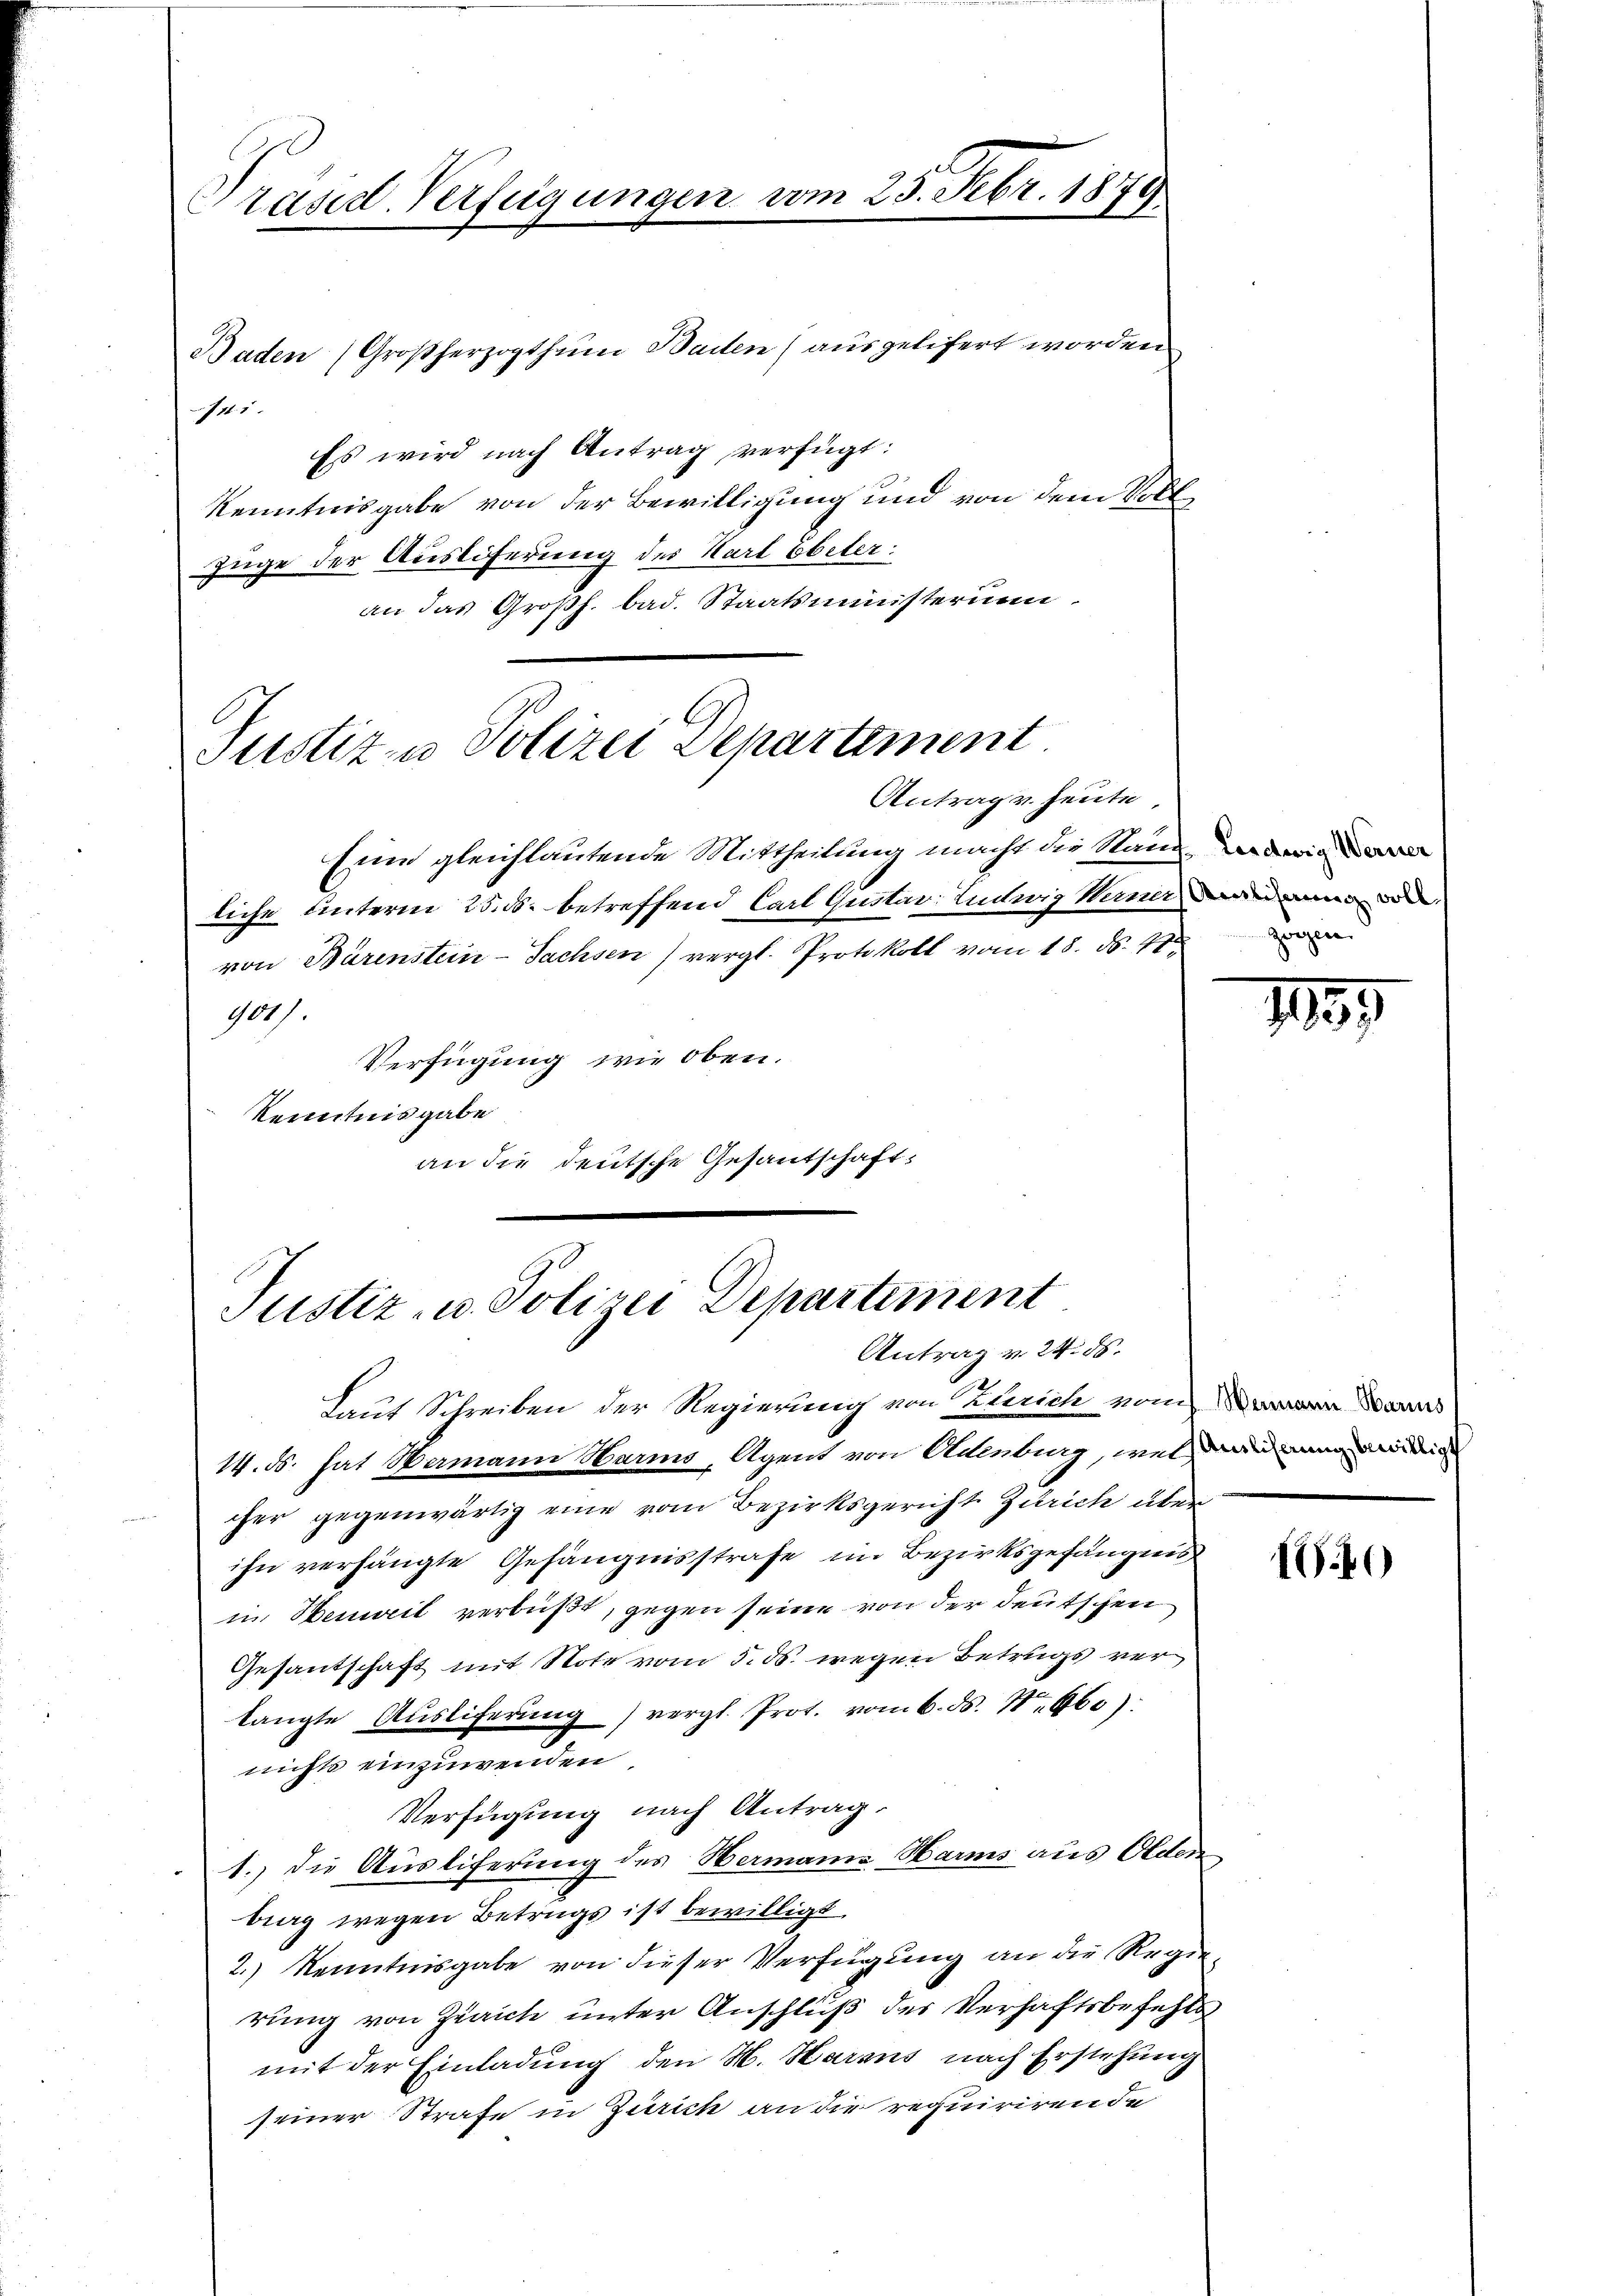
Prasil-Verfügungen vom 25. Febr. 1879

Baden Großherzogthumm Bauten) ausgeliefert worden
711. 1
Es wird nach Antrag verfügt:
Kenntnisgabe von der Bewilligung und von dem Vollzüge der Ausliferung des Karl Ebeter:
an das Großh. bad. Staatsministeriu

Justiz u. Polizei Departement
Antrag v. heute,

Eine gleichlautende Mittheilung macht die Stand die
liche Unterm 25. ds. betreffend Carl Gustav Ludwig Werner ande
von Bärenstein-Sachsen) vergl. Protokoll vom 18. ds. 41
900/
Verfügung wie oben.
Kenntnisgabe
an die deutsche Gesandschaft:

Justiz- u. Polizei Departement
Antrag v. 24. ds.

Laut Schreiben der Regierung von Zürich vom dans
14. ds. hat Hermann Harms, Agent von Adenburg, wel an d
cher gegenwärtig eine vom Bezirksgericht Zürich überihn verhängte Gefängnisstrafe im Bezirksgefängnis
in Benweil verbüßt, gegen seine von der deutschen
Gesantschaft mit Note vom 5. ds. wegen Betrugs ver
langte Aŭsliferŭng vergl. Prot. vom 6. ds. S. 960):
nichts einzuwenden
Verfügung nach Antrag
1. die Ausliferung des Hermann Harms aus Olden
bieg wegen Betrugs ist bewilligt.
2.) Kenntnisgabe von dieser Verfügung an die Regierung von Zürich unter Anschluß der Verhaftsbefehls
mit der Einladung den H. Haraus nach Erstehung
seiner Strafe in Zürich an die requirirende

zwegen

1189

I9